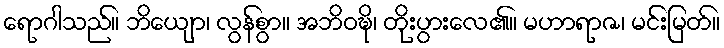
ရောဂါသည်။ ဘိယျော၊ လွန်စွာ။ အဘိဝဍ္ဎိ၊ တိုးပွားလေ၏။ မဟာရာဇ၊ မင်းမြတ်။